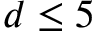
d \leq 5